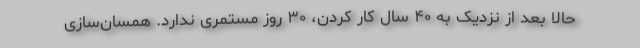
حالا بعد از نزدیک به ۴۰ سال کار کردن، ۳۰ روز مستمری ندارد. همسان‌سازی